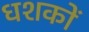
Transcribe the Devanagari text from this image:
धशकों